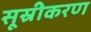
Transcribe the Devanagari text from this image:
सूस्रीकरण